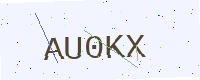
Text: AU0KX